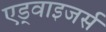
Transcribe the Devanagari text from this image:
एड्वाइजर्स